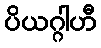
ပိယဂ္ဂါဟီ